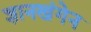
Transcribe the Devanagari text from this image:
ज्ञानखंगेन